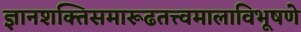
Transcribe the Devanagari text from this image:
ज्ञानशक्तिसमारूढतत्त्वमालाविभूषणे